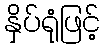
နှိပ်ရုံဖြင့်